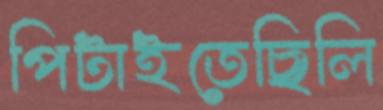
পিটাইতেছিলি